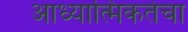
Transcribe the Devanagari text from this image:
आध्यात्मिकतेचा